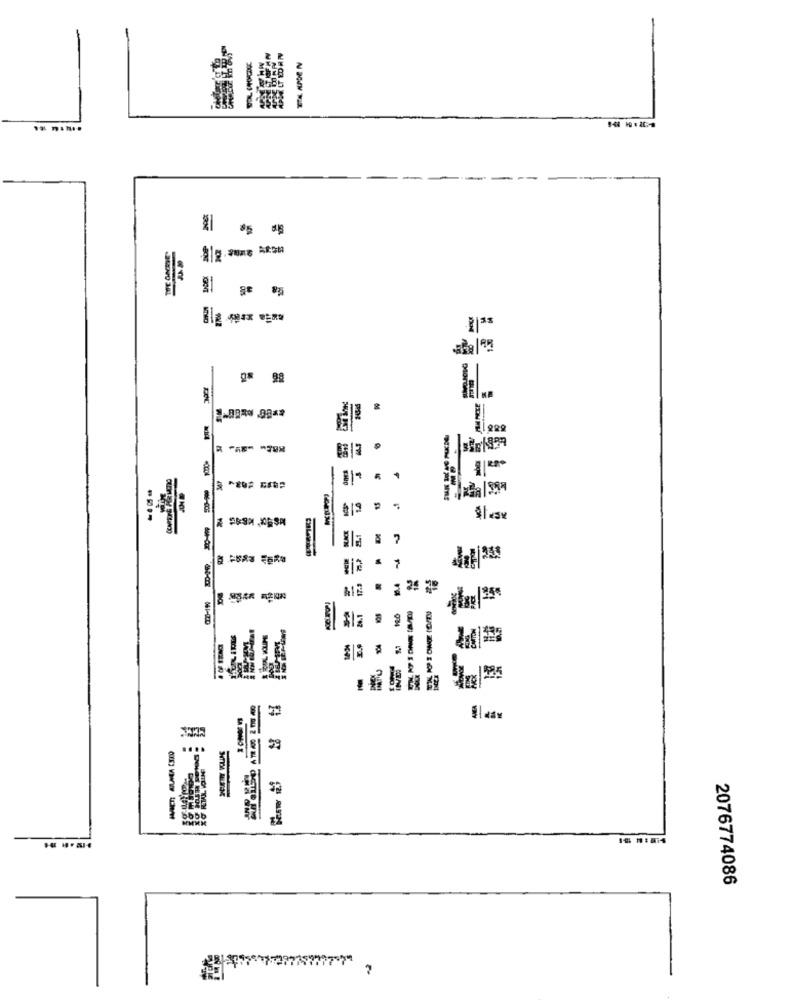
SEla
Q8 98
Morais
-
13
-
$1av
& 7
Ba
fla
2076774086